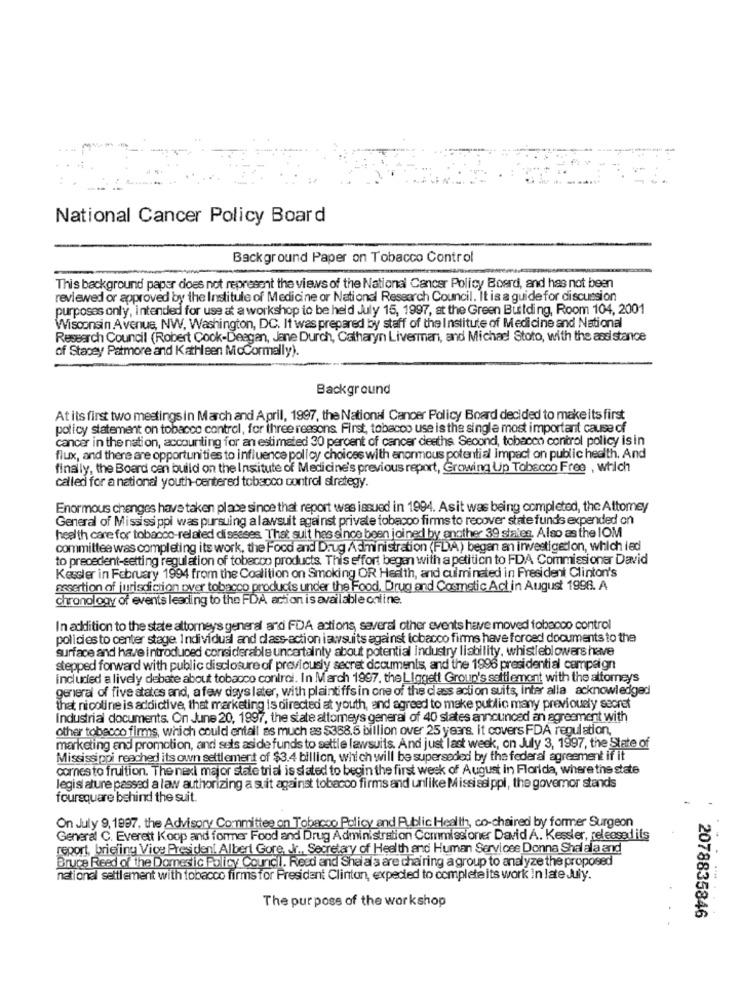
National Cancer Policy Board
Background Paper on Tobacco Control
This background paper does not represent the views of the National Cancer Policy Boerd, and has not been
reviewed or approved by the Institute of Medicine or National Research Council. It is a guide for discussion
purposes only, intended for use at a workshop to be held July 15, 1997, at the Green Building, Room 104, 2001
Wisconsin Avenue, NW, Washington, DC. It was prepared by staff of the Institute of Medicine and National
Research Council (Robert Cook-Deegan, Jane Durch, Catharyn Liverman, and Michael Stoto, with the assistance
of Stacey Patmore and Kathleen McCormally).
Background
At its first two mestings in March and April, 1997, the National Cancer Policy Board decided to makeits first
policy statement on tobacco control, for three reasons First, tobacco use is the single most important cause of
cancer in the nation, accounting for an estimated 30 percent of cancer deaths Second, tobacco control policy isin
flux, and there are opportunities to influence policy choices with anonmous potential impact on public health. And
finally, the Board can build on the Institute of Medicine's previous report, Growing Up Tobacco Free , which
called for a national youth-centered tobacco control strategy.
Enormous changes have taken place since that report was issued in 1994. Asit was being completed, the Attomey
General of Mississippi was pursuing a lawsuit against private tobacco firms to recover state fund's expended on
health care for tobacco-related diseases That suit has since been joined by another 39 states. Also as the IOM
committee was completing its work, the Food and Drug Administration (FDA) began an investigation, which led
to precedent-setting regulation of tobacco products. This effort began with a petition to FDA Commissioner David
Kessler in February 1994 from the Coalition on Smoking OR Health, and culminated in President Clinton's
assertion of jurisdiction over tobacco products under the Food, Drug and Cosmetic Act in August 1998. A
chronology of events leading to the FDA action is available online.
In addition to the state attorneys general ard FDA actions, several other events have moved tobacco control
policies to center stage. Individual and dass-action lawsuits against tobacco firms have forced documents to the
surface and have introduced considerable uncertainty about potential industry liability, whistleblowers have
stepped forward with public disclosure of previously secret documents, and the 1996 presidential campaign
Included a lively debate about tobacco control. In March 1997. the Liggett Group's softlemont with the altomeys
general of five states and, a few days later, with plaintiffsin one of the class action suits, inter alla acknowledged
that nicoline is addictive, that marketing is directed at youth, and agreed to make public many previously secret
Industrial documents. On June 20, 1997, the state altomeys general of 40 states announced an agreement with
other tobecco firms, which could entall as much as $388,5 billion over 25 years. it covers FDA regulation,
marketing and promotion, and sets aside funds to settle lawsuits. And just last week, on July 3, 1997, the State of
Mississippi reached its own settlement of $3.4 billion, which will be superseded by the federal agreement if it
cornes to fruition. The next major State trial is slated to begin the first week of August in Florida, where the state
legislature passed a law authorizing a suit against tobacco firms and unlike Mississippi, the governor stands
foursquare behind the suit.
On July 9, 1997, the Advisory Committee on Tobacco Policy and Public Health, co-chaired by former Surgeon
General C. Everett Koop and former Food and Drug Administration Commissioner David A. Kessler, released ils
report, briefing Vice President Albert Gore, . r ., Secretary of Health and Human Services Donna Shal ala and
Bruce Reed of the Domestic Policy Couric !. Reed and Shei als are chairing a group to analyze the proposed
national settlement with tobacco firmsfor President Clinton, expected to completeits work in late July.
The pur poss of the workshop
2078835846